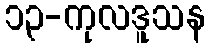
၁၃-ကုလဒူသန